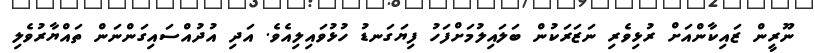
ނޫރީން ޒައިކާންއަށް ރުޅިވެރި ނަޒަރަކުން ބަލައިލުމަށްފަހު ފިޔަގަނޑު ހުޅުވައިިލިއެވެ. އަދި އުދުއްސައިގަންނަން ތައްޔާރުވެލި